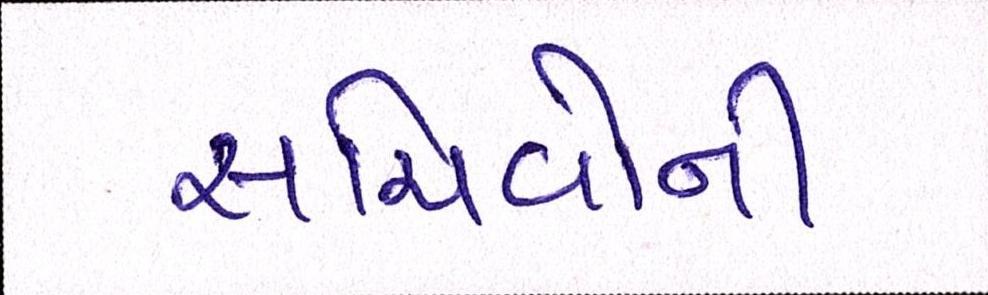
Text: સચિવોની